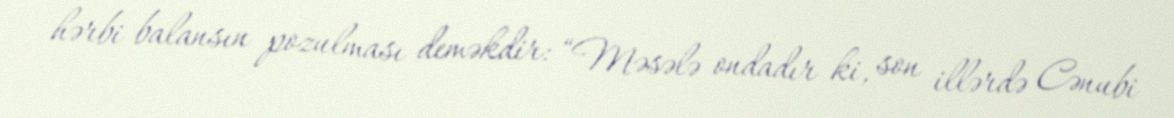
hərbi balansın pozulması deməkdir: “Məsələ ondadır ki, son illərdə Cənubi